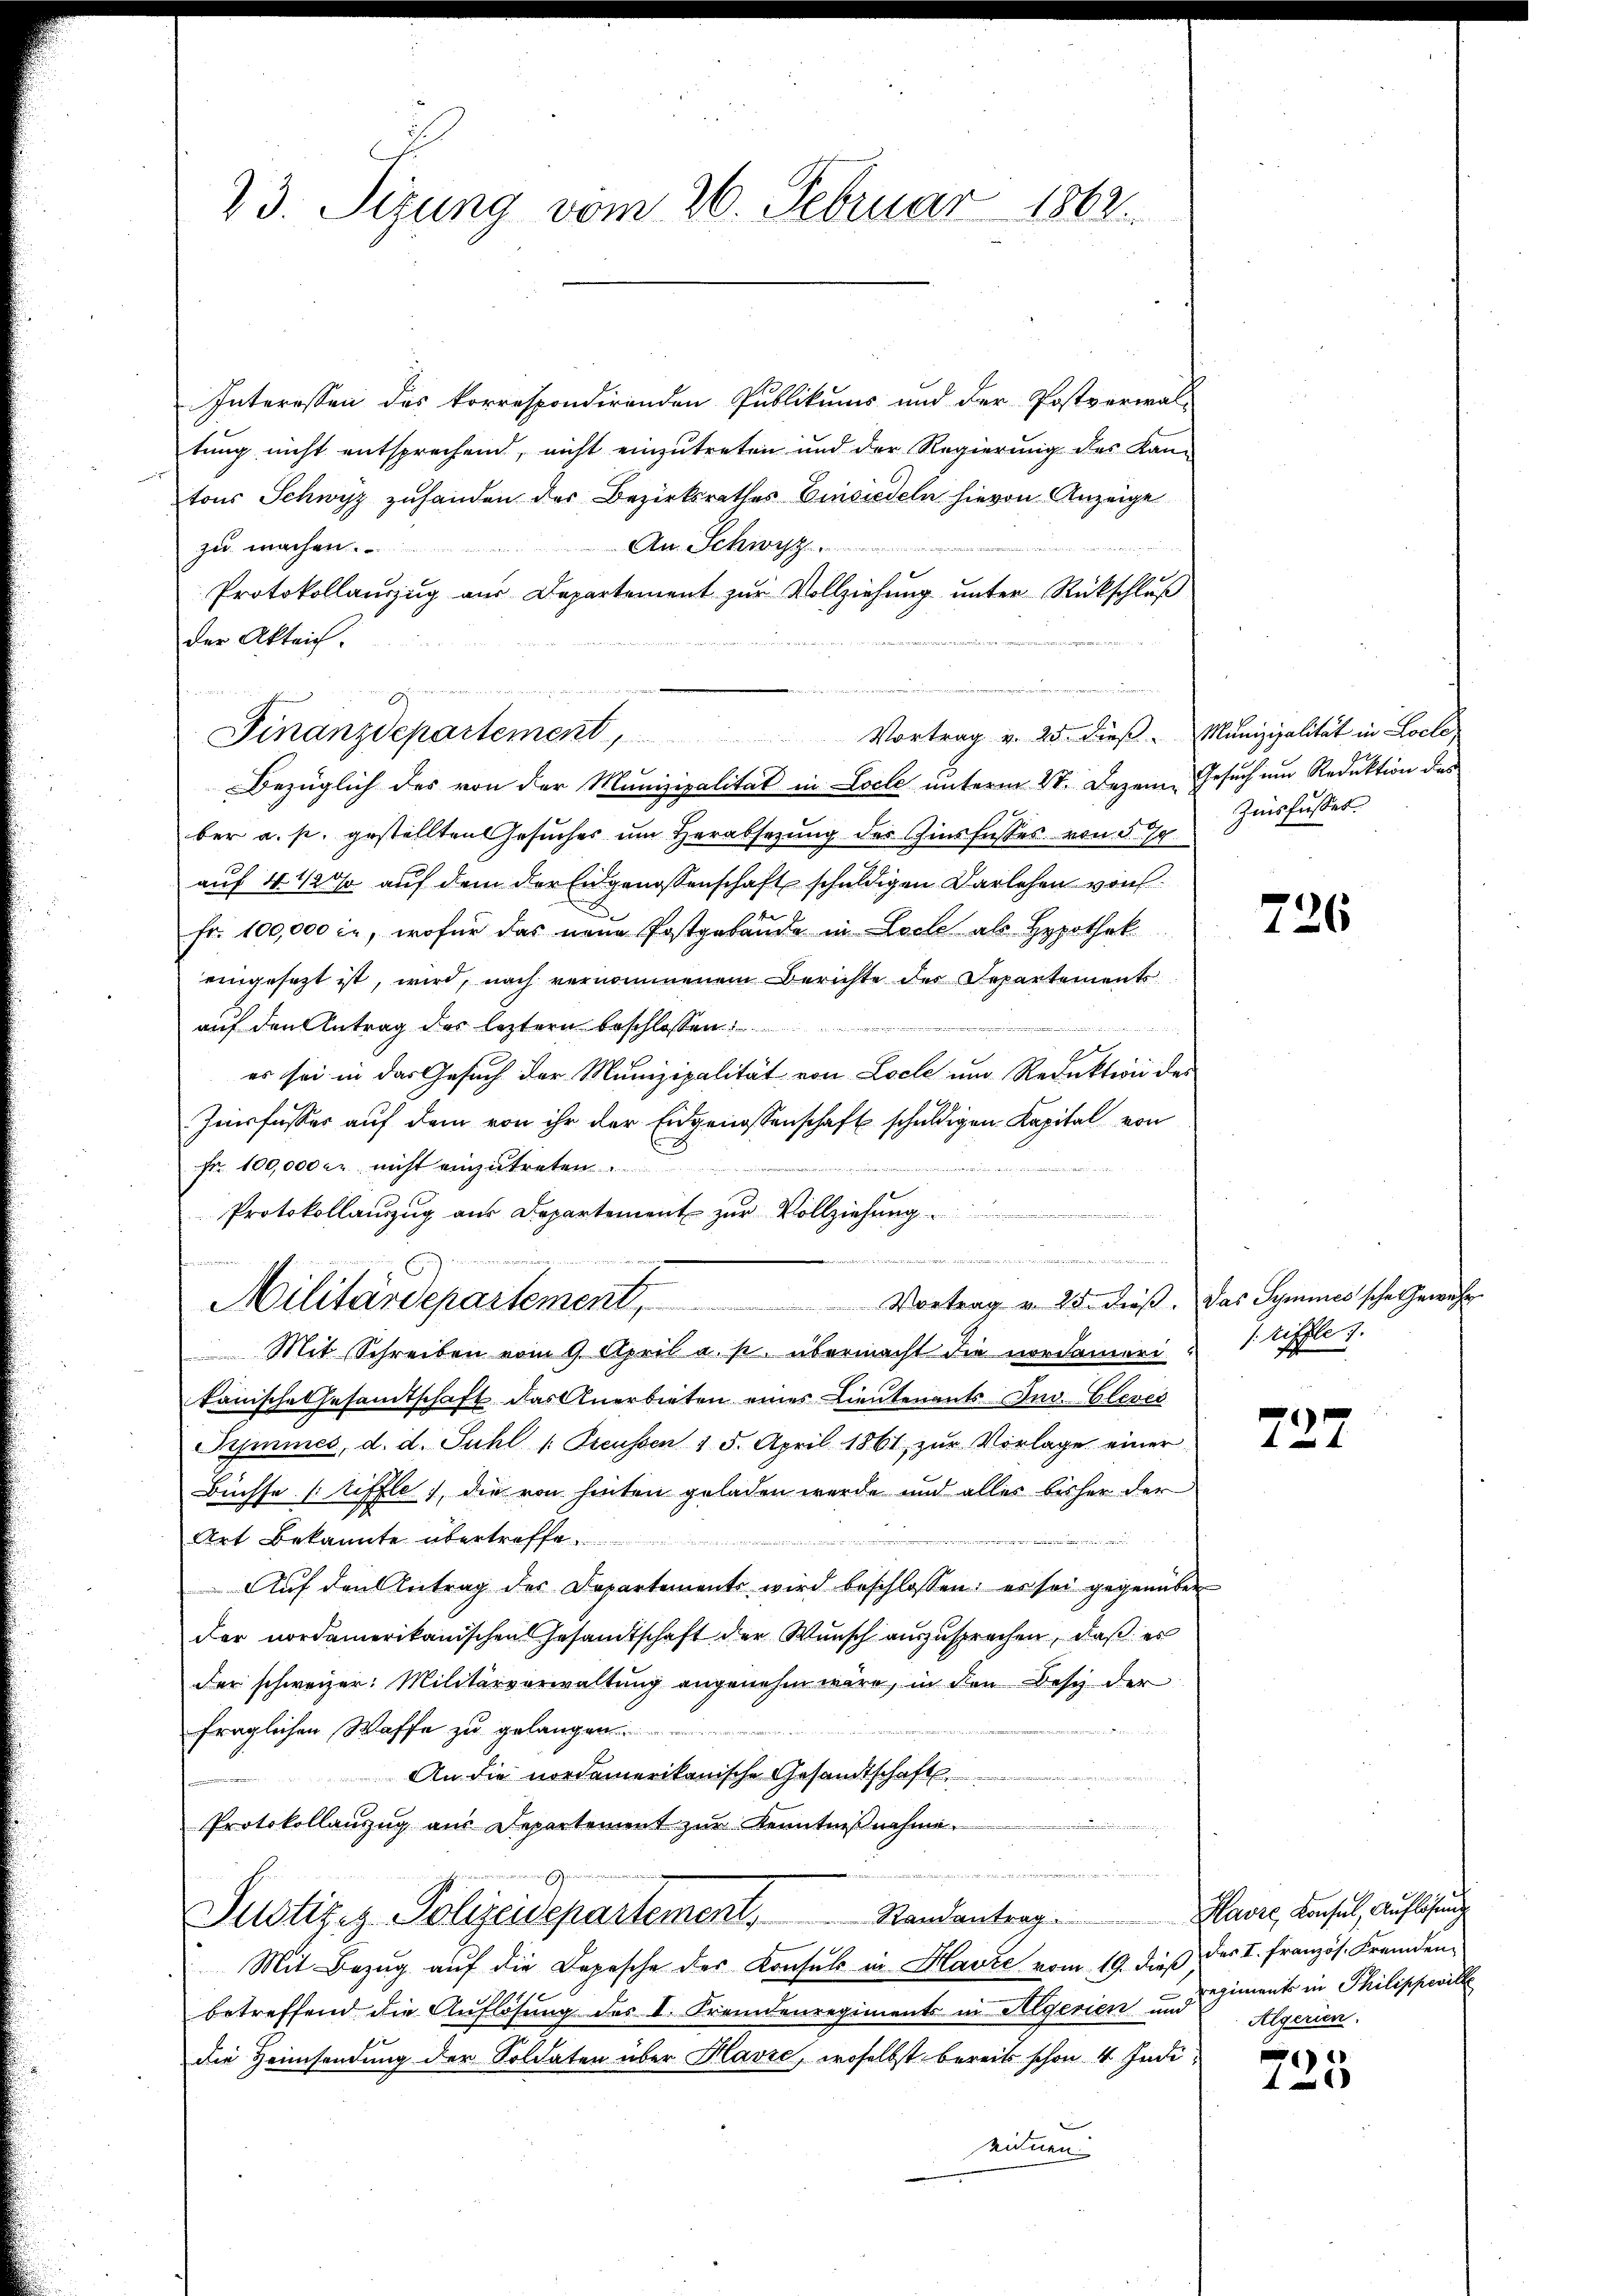
23. Sizung vom 26. Februar 1862.

Interessen des korrespondirenden Publikums und der Postverwal-
tung nicht entsprechend, nicht einzutreten und der Regierung des Kan-
tons Schwyz zuhanden des Bezirksrathes Einsiedeln hievon Anzeige
An Schwyz.
zu machen
Protokollauszug aus Departement zŭr Vollziehŭng ŭnter Rückschlŭβ
der Akteich.
Vortrag v. 25. dieß. Munizipalität in Locle
e
Bezüglich des von der Munizipalität in Loele unterm 27. Dezem Gesuch um Reduktion des
ber a. p. gestellten Gesuches um Herabsetzung des Ginsfusses von § 70.
auf 4 1/2 % auf dem der Eidgenossenschaft schuldigen Darlehen von
Fr. 100,000 l., wofür das neue Postgebäude in Lache als Hypothek
eingesezt ist, wird, nach vernommenem Berichte der Departements
auf den Antrag des leztern beschlossen:
es sei in das Gesuch der Munizipalität von Loche um Reduktion des
Jesfusses auf dem von ihr der Eidgenossenschaft schuldigen Kapital von
Fr. 100,000 Fr. nicht einzutreten
n
Protokollaŭszŭg aŭs Departement zur Vollziehung
aumes Anstanderten. Fastetent M. D. Militaire in Kritiert

Militärdepartement, Vortrag v. 25. dieß. Das Symmes sche Gewehr
 Mit Schreiben vom 9. April a. p. übermacht die nordameririffle 7.
kanische Gesandtschaft das Anerbieten eines Lieutenants Inv. Clever
Symmes, d. d. Suhl /: Preussen 15. April 1861 zŭr Vorlage einer
Büchse stiffle), die von hinten geladen werde und alles bisher der
Art Bekannte übertreffe

Auf den Antrag des Departements wird beschlossen: es sei gegenüber
der nordamerikanischen Gesandtschaft der Wunsch auszusprechen, daß es
der schweizer: Militärverwaltung angenehm wäre, in den Besch der
fraglichen Waffe zu gelangen
An die nordamerikanische Gesandtschaft
u
Protokollanzug aus Departement zur Kenntnißnahme.
.
Justiziz-Polizeidepartement, Mandantrag Havre, Konsul, Auflösung
Mit Bezug auf die Depesche der Konsuls in Harze vom 19. dieß, der I. Französ. Fremden-
betreffend die Auflösung des I. Fremdenregiments in Algerien und Gements in Philippeville
die Heimsendung der Soldaten über Havre, woselbst bereits schon 4 Indieinen.

d
Finanzdepartement

Zinsfusses.

726

x
f 0 x

Algerien.

725